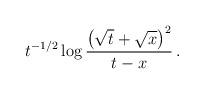
LaTeX: \begin{align*}t^{-1/2} \log {\left(\sqrt{t}+\sqrt{x}\right)^2\over t-x} \, .\end{align*}